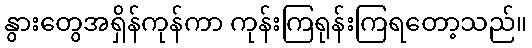
နွားတွေအရှိန်ကုန်ကာ ကုန်းကြရုန်းကြရတော့သည်။